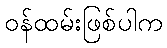
ဝန်ထမ်းဖြစ်ပါက